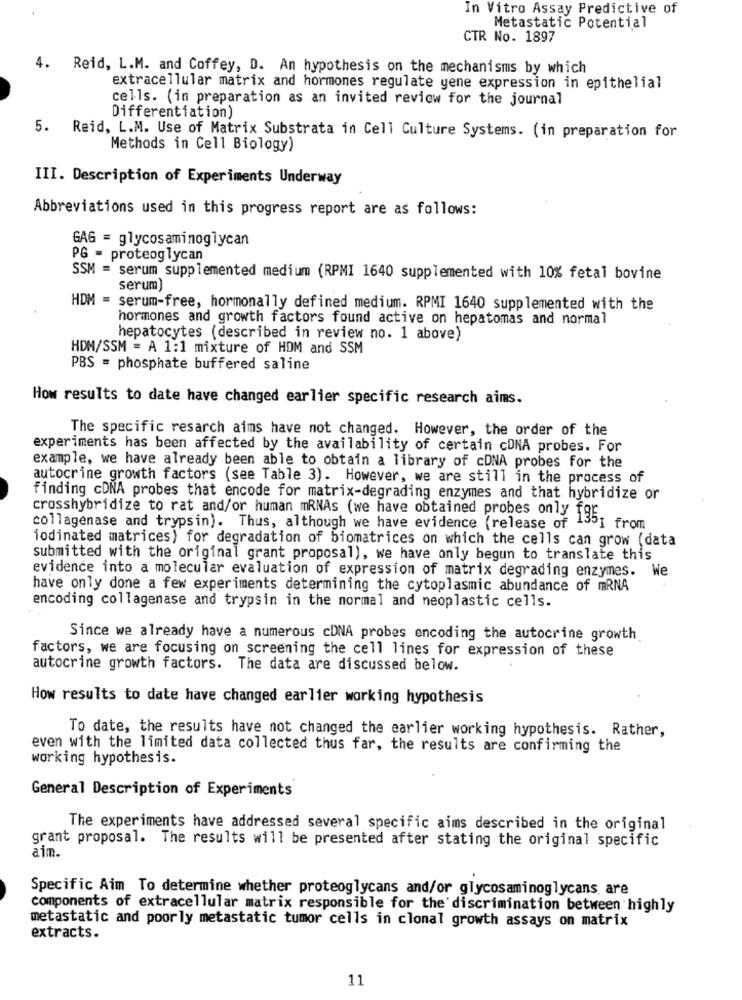
In Vitro Assay Predictive of
Metastatic Potential
CTR No. 1897
4.
Reid, L.M. and Coffey, D. An hypothesis on the mechanisms by which
extracellular matrix and hormones regulate gene expression in epithelial
cells. (in preparation as an invited review for the journal
Differentiation)
5. Reid, L.M. Use of Matrix Substrata in Cell Culture Systems. (in preparation for
Methods in Cell Biology)
III. Description of Experiments Underway
Abbreviations used in this progress report are as follows:
GAG = glycosaminoglycan
PG - proteog lycan
SSM = serum supplemented medium (RPMI 1640 supplemented with 10% fetal bovine
serum)
HDM = serum-free, hormonally defined medium. RPMI 1640 supplemented with the
hormones and growth factors found active on hepatomas and normal
hepatocytes (described in review no. 1 above)
HDM/SSM = A 1:1 mixture of HDM and SSM
PBS = phosphate buffered saline
How results to date have changed earlier specific research aims.
The specific resarch aims have not changed. However, the order of the
experiments has been affected by the availability of certain cDNA probes. For
example, we have already been able to obtain a library of cDNA probes for the
autocrine growth factors (see Table 3). However, we are still in the process of
finding cDNA probes that encode for matrix-degrading enzymes and that hybridize or
crosshybridize to rat and/or human mRNAs (we have obtained probes only 135.
collagenase and trypsin). Thus, although we have evidence (release of
iodinated matrices) for degradation of biomatrices on which the cells can grow (data
submitted with the original grant proposal), we have only begun to translate this
evidence into a molecular evaluation of expression of matrix degrading enzymes. We
have only done a few experiments determining the cytoplasmic abundance of mRNA
encoding collagenase and trypsin in the normal and neoplastic cells.
Since we already have a numerous cDNA probes encoding the autocrine growth.
factors, we are focusing on screening the cell lines for expression of these
autocrine growth factors. The data are discussed below.
How results to date have changed earlier working hypothesis
To date, the results have not changed the earlier working hypothesis. Rather,
even with the limited data collected thus far, the results are confirming the
working hypothesis.
General Description of Experiments
The experiments have addressed several specific aims described in the original
grant proposal. The results will be presented after stating the original specific
aim.
Specific Aim To determine whether proteoglycans and/or glycosaminoglycans, are
components of extracellular matrix responsible for the discrimination between highly
metastatic and poorly metastatic tumor cells in clonal growth assays on matrix
extracts.
11